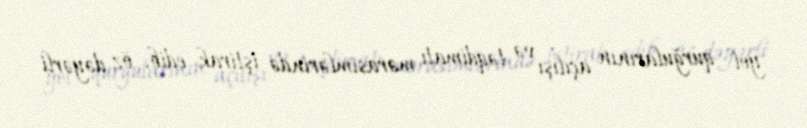
yol qurğularının açılışı və təqdimatı mərasimlərində iştirak edib, öz dəyərli